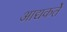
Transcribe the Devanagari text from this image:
आद्यकर्ते